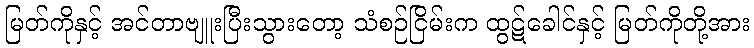
မြတ်ကိုနှင့် အင်တာဗျူးပြီးသွားတော့ သံစဉ်ငြိမ်းက ထွဋ်ခေါင်နှင့် မြတ်ကိုတို့အား